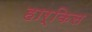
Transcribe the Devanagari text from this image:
हार्किस